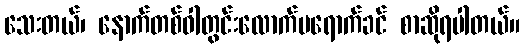
သေးတယ်၊ နောက်တစ်ဝါတွင်းလောက်မရောက်ခင် စာဆိုရပါတယ်။